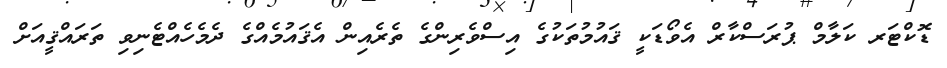
ޑޮކްޓަރ ކަލާމް ޕުރަސްކާރް އެވޯޑަކީ ޤައުމުތަކުގެ އިސްވެރިންގެ ތެރެއިން އެޤައުމެއްގެ ދެމެހެއްޓެނިވި ތަރައްޤީއަށް